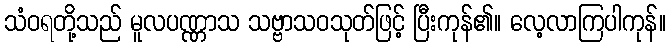
သံဝရတို့သည် မူလပဏ္ဏာသ သဗ္ဗာသဝသုတ်ဖြင့် ပြီးကုန်၏။ လေ့လာကြပါကုန်။